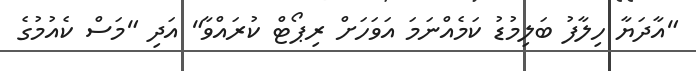
"އާދަޔާ ހިލާފު ބަލިމުޑު ކަމެއްނަމަ އަވަހަށް ރިޕޯޓް ކުރައްވާ" އަދި "މަސް ކެއުމުގެ